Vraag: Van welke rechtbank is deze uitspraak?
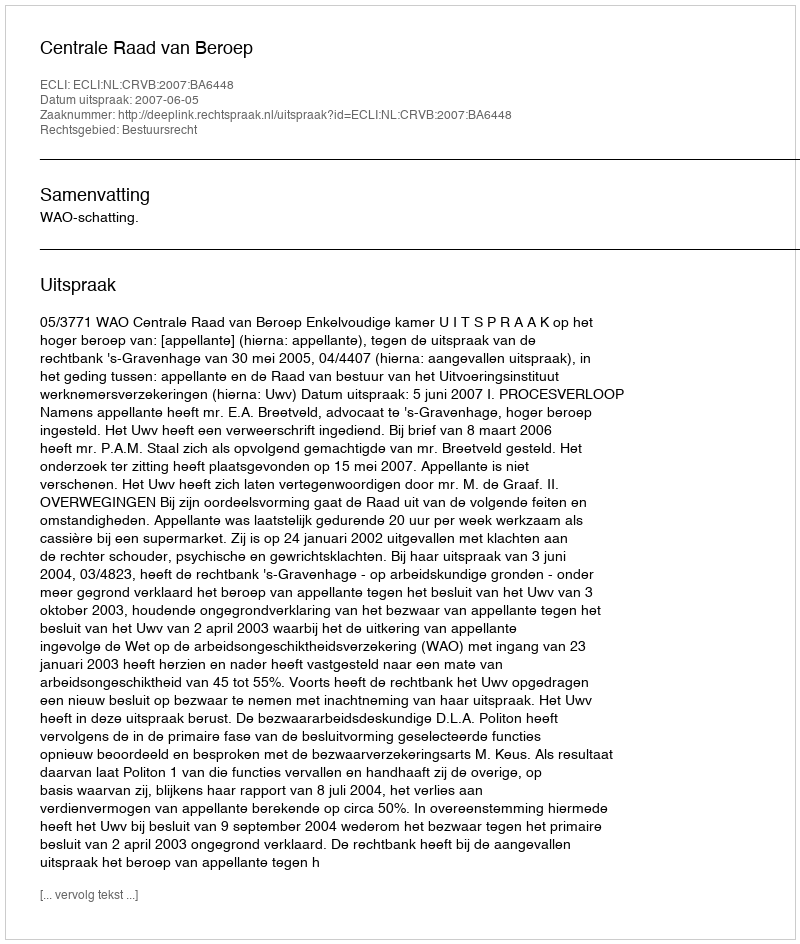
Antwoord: Centrale Raad van Beroep